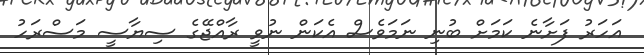
އަހަރު ފަށާނެ ކަމަށް ބުނި ނަމަވެސް އެކަން ނުވީ ރާއްޖޭގެ ސިޔާސީ މަސްރަހު